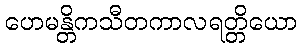
ဟေမန္တိကသီတကာလရတ္တိယော